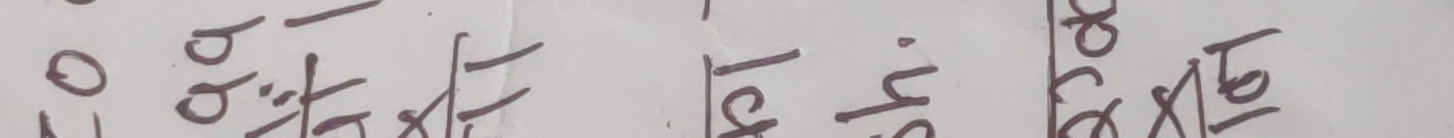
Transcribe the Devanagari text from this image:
नो वोजेरठ १st क्याकछले